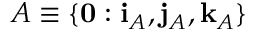
A \equiv \{ \mathbf { 0 } : \mathbf { i } _ { A } , \mathbf { j } _ { A } , \mathbf { k } _ { A } \}